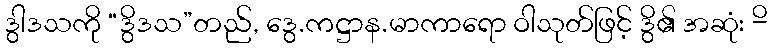
ဒွါဒသကို “ဒွိဒသ”တည်, ဒွေ.ကဋ္ဌာန.မာကာရော ဝါသုတ်ဖြင့် ဒွိ၏ အဆုံး -ိ